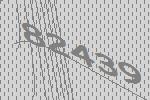
82439